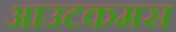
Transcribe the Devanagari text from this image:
आउटकमस